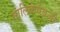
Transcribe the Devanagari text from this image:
मालिकेऐवजी